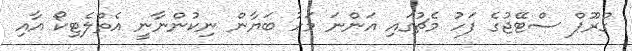
ގްރޫޕް ސްޓޭޖުގެ ފަހު މެޗުގައި އަންނަ މަހު ބަޔާން ނިކުންނާނީ އެތްލެޓިކޯ އާއި